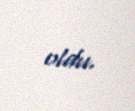
oldu.